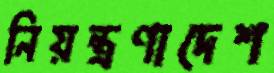
নিয়ন্ত্রণাদেশ